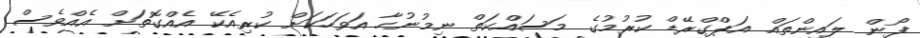
ފޯން ލައިންތައް އަޕްގްރޭޑް ކުރުމުގެ މަސައްކަތް ނިމުނުހާ އަވަހަކަށް ކުރިއެކޭ އެއްގޮތަށް އެއްވެސް